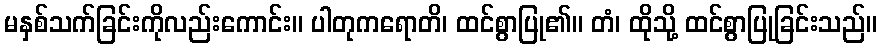
မနှစ်သက်ခြင်းကိုလည်းကောင်း။ ပါတုကရောတိ၊ ထင်စွာပြု၏။ တံ၊ ထိုသို့ ထင်စွာပြုခြင်းသည်။